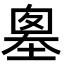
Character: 𡏙